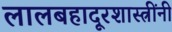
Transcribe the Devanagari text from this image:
लालबहादूरशास्त्रींनी